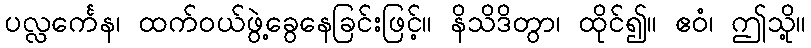
ပလ္လင်္ကေန၊ ထက်ဝယ်ဖွဲ့ခွေနေခြင်းဖြင့်။ နိသိဒိတွာ၊ ထိုင်၍။ ဧဝံ၊ ဤသို့။